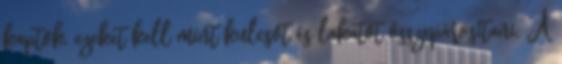
kaptok, ezeket kell mint kulcsot és lakatot összepárosítani. A